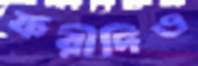
ফরীদিও